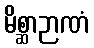
မိစ္ဆာဉာဏံ